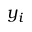
y _ { i }